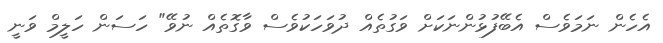
އެހެން ނަމަވެސް އެބޭފުޅުންނަކަށް ވަގުތެއް ދުވަހަކުވެސް ވާގޮތެއް ނުވޭ" ހަސަން ހަލީމް ވަނީ